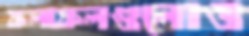
ফলাফলগুলোও